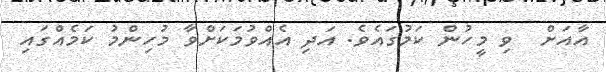
އާއަށް  ވި މީހުން ކަމުގައެވެ. އަދި އެއްވުމަކަށްވާ މުހިންމު ކަމެއްގައި